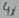
Text: 4X